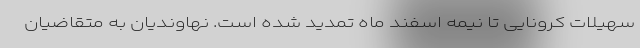
سهیلات کرونایی تا نیمه اسفند ماه تمدید شده است. نهاوندیان به متقاضیان